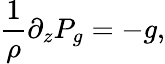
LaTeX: \frac{1}{\rho}\partial_{z}P_{g}=-g,